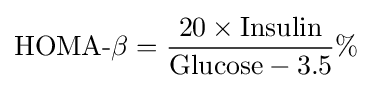
{\text{HOMA-}}\beta ={\frac {20\times {\text{Insulin}}}{{\text{Glucose}}-3.5}}\%